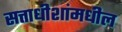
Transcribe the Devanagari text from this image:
सत्ताधीशांमधील